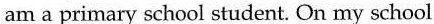
am a primary school student. On my school